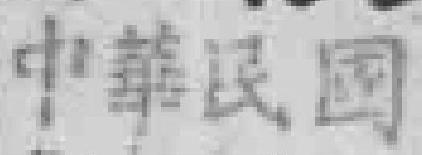
中華民国